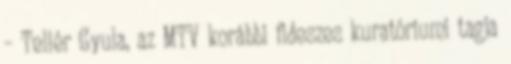
– Tellér Gyula, az MTV korábbi fideszes kuratóriumi tagja